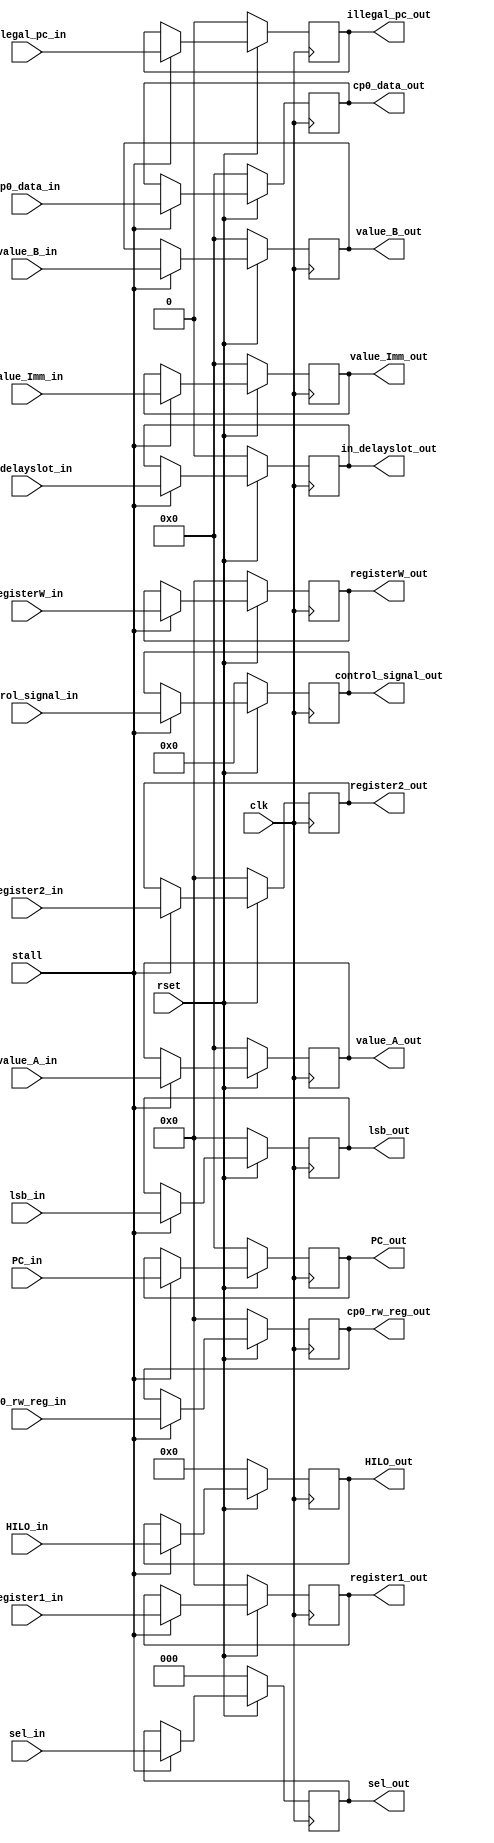
/*
**  
**  ID-EX
**  
*/

`define CONTROL_BUS_WIDTH 35

module ID_EX(
	input 								clk,
	input								rset,
	
	input								stall,
    input 		[`CONTROL_BUS_WIDTH:0]	control_signal_in,
    input 		[4:0]					register1_in,
    input 		[4:0]					register2_in,
    input 		[4:0]					registerW_in,
    input 		[31:0]					value_A_in,
    input 		[31:0]					value_B_in,
    input 		[31:0]					value_Imm_in,
    input 		[31:0]					PC_in,
    input 		[2:0]					sel_in,
    input 		[63:0]					HILO_in,
    input 		[31:0]					cp0_data_in,
    input 		[4:0]					cp0_rw_reg_in,
    input 								illegal_pc_in,
    input 								in_delayslot_in,
	input 		[4:0]					lsb_in,

    output reg 	[`CONTROL_BUS_WIDTH:0]	control_signal_out,
    output reg 	[4:0]					register1_out,
    output reg 	[4:0]					register2_out,
    output reg 	[4:0]					registerW_out,
    output reg 	[31:0]					value_A_out,
    output reg 	[31:0]					value_B_out,
    output reg 	[31:0]					value_Imm_out,
    output reg 	[31:0]					PC_out,
    output reg 	[2:0]					sel_out,
    output reg 	[63:0]					HILO_out,
    output reg 	[31:0]					cp0_data_out,
    output reg 	[4:0]					cp0_rw_reg_out,
    output reg 							illegal_pc_out,
    output reg 							in_delayslot_out,
	output reg  [4:0]					lsb_out
);
    
    always@(posedge clk)begin
		if (!rset) begin
			control_signal_out 	<= 'd0;
			register1_out 		<= 'd0;
			register2_out 		<= 'd0;
			registerW_out 		<= 'd0;
			value_A_out 		<= 'd0;
			value_B_out 		<= 'd0;
			value_Imm_out 		<= 'd0;
			PC_out 				<= 'd0;
			sel_out 			<= 'd0;
			HILO_out 			<= 'd0;
			cp0_data_out 		<= 'd0;
			cp0_rw_reg_out 		<= 'd0;
			illegal_pc_out 		<= 1'b0;
			in_delayslot_out 	<= 1'b0;
			lsb_out				<= 5'b0;
		end
		else if (!stall) begin
			control_signal_out 	<= control_signal_out;
			register1_out 		<= register1_out;
			register2_out 		<= register2_out;
			registerW_out 		<= registerW_out;
			value_A_out 		<= value_A_out;
			value_B_out 		<= value_B_out;
			value_Imm_out 		<= value_Imm_out;
			PC_out 				<= PC_out; 
			sel_out 			<= sel_out;  
			HILO_out 			<= HILO_out;
			cp0_data_out 		<= cp0_data_out;
			cp0_rw_reg_out 		<= cp0_rw_reg_out;
			illegal_pc_out 		<= illegal_pc_out;
			in_delayslot_out 	<= in_delayslot_out;
			lsb_out				<= lsb_out;
		end
		else begin
			control_signal_out 	<= control_signal_in;
			register1_out 		<= register1_in;
			register2_out 		<= register2_in;
			registerW_out 		<= registerW_in;
			value_A_out 		<= value_A_in;
			value_B_out 		<= value_B_in;
			value_Imm_out 		<= value_Imm_in;
			PC_out 				<= PC_in;  
			sel_out 			<= sel_in;
			HILO_out 			<= HILO_in;
			cp0_data_out 		<= cp0_data_in;
			cp0_rw_reg_out 		<= cp0_rw_reg_in;
			illegal_pc_out 		<= illegal_pc_in;
			in_delayslot_out 	<= in_delayslot_in;
			lsb_out				<= lsb_in;
		end 
    end
	
endmodule